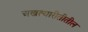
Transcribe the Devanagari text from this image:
अखत्यारीतीतील